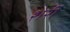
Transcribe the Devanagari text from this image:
शेर्री